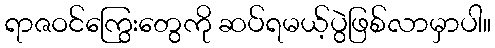
ရာဇဝင်ကြွေးတွေကို ဆပ်ရမယ့်ပွဲဖြစ်လာမှာပါ။